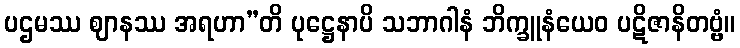
ပဌမဿ ဈာနဿ အရဟာ”တိ ပုဋ္ဌေနာပိ သဘာဂါနံ ဘိက္ခူနံယေဝ ပဋိဇာနိတဗ္ဗံ။